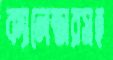
ক্যালেন্ডারসহ